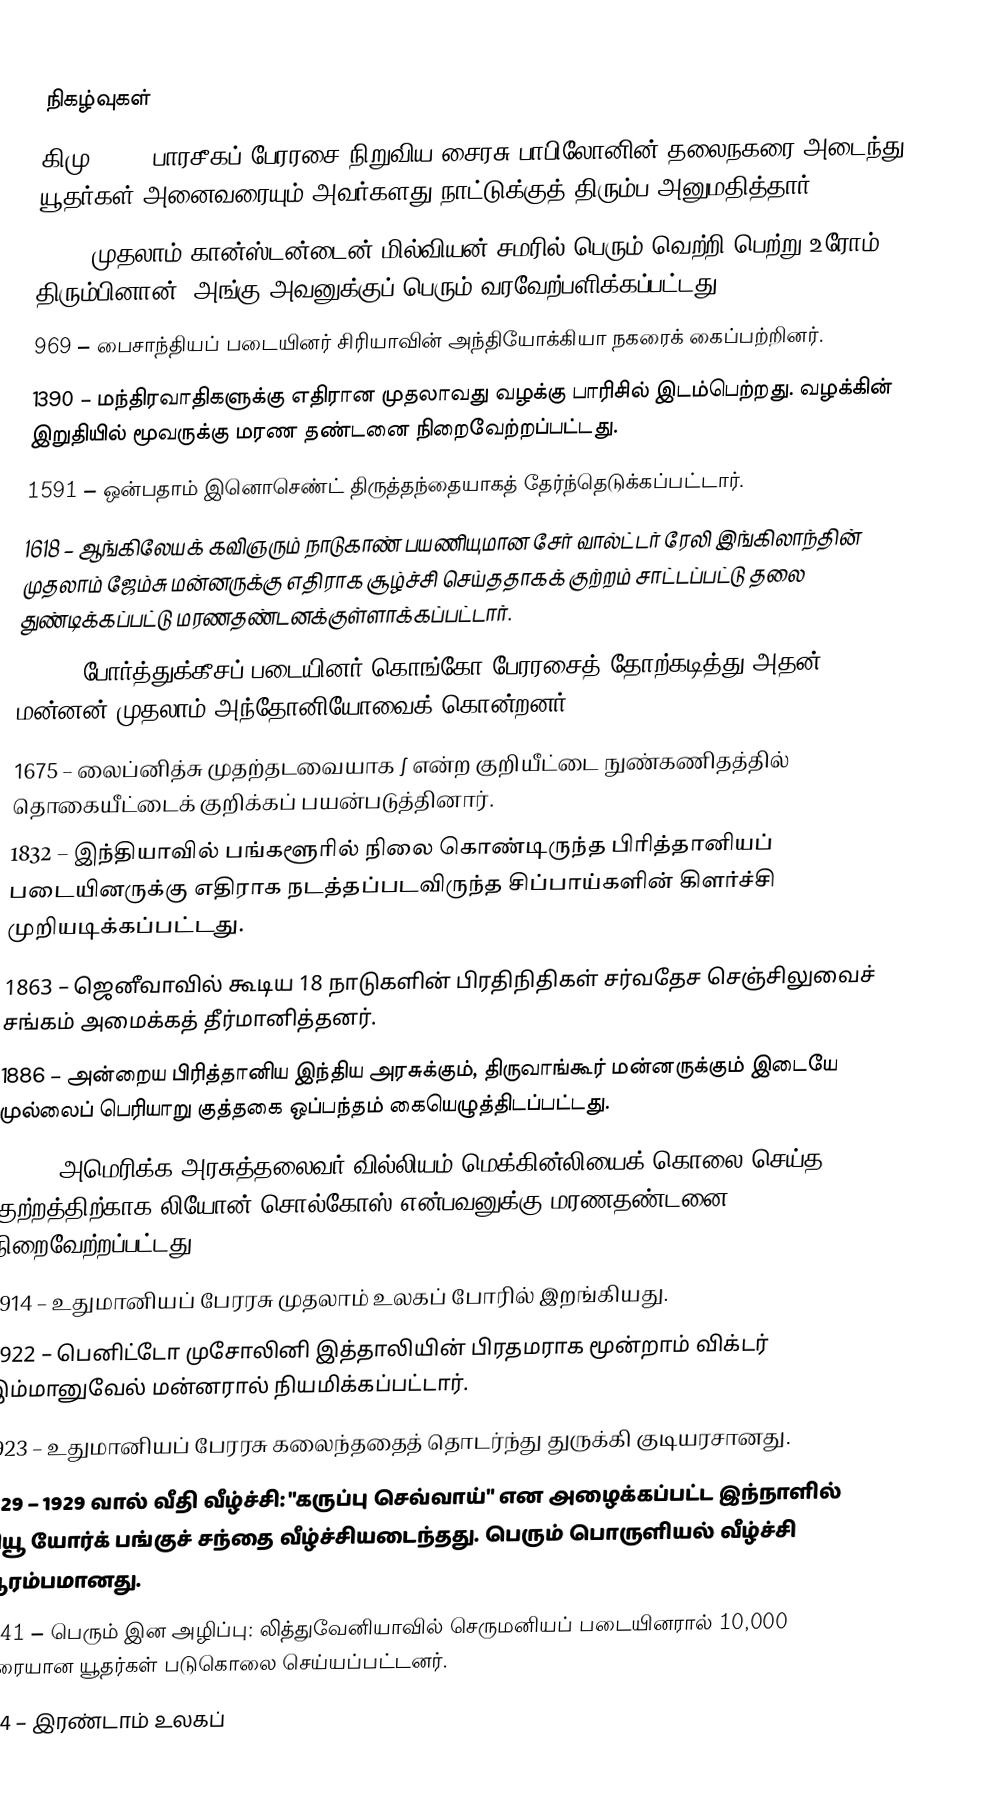

நிகழ்வுகள்
கிமு 539 – பாரசீகப் பேரரசை  நிறுவிய சைரசு பாபிலோனின் தலைநகரை அடைந்து, யூதர்கள் அனைவரையும் அவர்களது நாட்டுக்குத் திரும்ப அனுமதித்தார்.
 312 – முதலாம் கான்ஸ்டன்டைன் மில்வியன் சமரில் பெரும் வெற்றி பெற்று உரோம் திரும்பினான். அங்கு அவனுக்குப் பெரும் வரவேற்பளிக்கப்பட்டது.
 969 – பைசாந்தியப் படையினர் சிரியாவின் அந்தியோக்கியா நகரைக் கைப்பற்றினர்.
1390 – மந்திரவாதிகளுக்கு எதிரான முதலாவது வழக்கு பாரிசில் இடம்பெற்றது. வழக்கின் இறுதியில் மூவருக்கு மரண தண்டனை நிறைவேற்றப்பட்டது.
1591 – ஒன்பதாம் இனொசெண்ட் திருத்தந்தையாகத் தேர்ந்தெடுக்கப்பட்டார்.
1618 – ஆங்கிலேயக் கவிஞரும் நாடுகாண் பயணியுமான சேர் வால்ட்டர் ரேலி இங்கிலாந்தின் முதலாம் ஜேம்சு மன்னருக்கு எதிராக சூழ்ச்சி செய்ததாகக் குற்றம் சாட்டப்பட்டு தலை துண்டிக்கப்பட்டு மரணதண்டனக்குள்ளாக்கப்பட்டார்.
1665 – போர்த்துக்கீசப் படையினர் கொங்கோ பேரரசைத் தோற்கடித்து அதன் மன்னன் முதலாம் அந்தோனியோவைக் கொன்றனர்.
1675 – லைப்னித்சு முதற்தடவையாக ∫ என்ற குறியீட்டை நுண்கணிதத்தில் தொகையீட்டைக் குறிக்கப் பயன்படுத்தினார்.
1832 – இந்தியாவில் பங்களூரில் நிலை கொண்டிருந்த பிரித்தானியப் படையினருக்கு எதிராக நடத்தப்படவிருந்த சிப்பாய்களின் கிளர்ச்சி முறியடிக்கப்பட்டது.
1863 – ஜெனீவாவில் கூடிய 18 நாடுகளின் பிரதிநிதிகள் சர்வதேச செஞ்சிலுவைச் சங்கம் அமைக்கத் தீர்மானித்தனர்.
1886 – அன்றைய பிரித்தானிய இந்திய அரசுக்கும், திருவாங்கூர் மன்னருக்கும் இடையே முல்லைப் பெரியாறு குத்தகை ஒப்பந்தம் கையெழுத்திடப்பட்டது.
1901 – அமெரிக்க அரசுத்தலைவர் வில்லியம் மெக்கின்லியைக் கொலை செய்த குற்றத்திற்காக லியோன் சொல்கோஸ் என்பவனுக்கு மரணதண்டனை நிறைவேற்றப்பட்டது.
1914 – உதுமானியப் பேரரசு முதலாம் உலகப் போரில் இறங்கியது.
1922 – பெனிட்டோ முசோலினி இத்தாலியின் பிரதமராக மூன்றாம் விக்டர் இம்மானுவேல் மன்னரால் நியமிக்கப்பட்டார்.
1923 – உதுமானியப் பேரரசு கலைந்ததைத் தொடர்ந்து துருக்கி குடியரசானது.
1929 – 1929 வால் வீதி வீழ்ச்சி: "கருப்பு செவ்வாய்" என அழைக்கப்பட்ட இந்நாளில் நியூ யோர்க் பங்குச் சந்தை வீழ்ச்சியடைந்தது. பெரும் பொருளியல் வீழ்ச்சி ஆரம்பமானது.
1941 – பெரும் இன அழிப்பு: லித்துவேனியாவில் செருமனியப் படையினரால் 10,000 வரையான யூதர்கள் படுகொலை செய்யப்பட்டனர்.
1944 – இரண்டாம் உலகப்